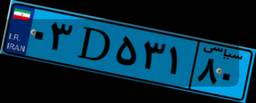
۰۳D۵۳۱۸۰